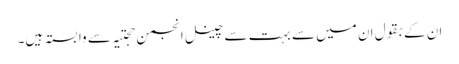
ان کے بقول ان میں سے بہت سے چینل انجمن حجتیہ سے وابستہ ہیں۔